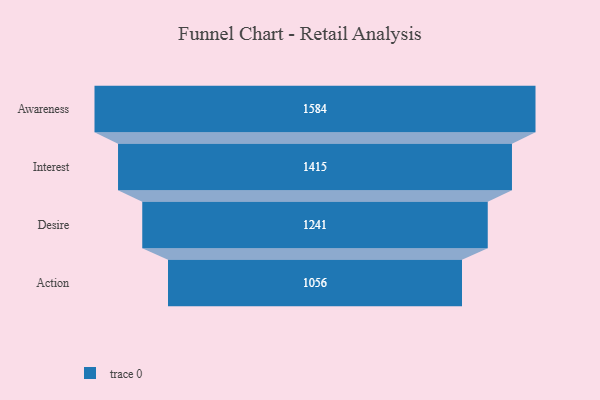
{"axis": {"x": "Stage", "y": "Value"}, "legend": [""], "data": [{"x": "Awareness", "y": 1584.0, "type": ""}, {"x": "Interest", "y": 1415.0, "type": ""}, {"x": "Desire", "y": 1241.0, "type": ""}, {"x": "Action", "y": 1056.0, "type": ""}]}